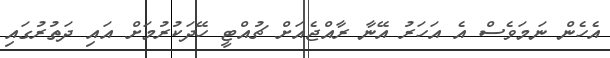
އެހެން ނަމަވެސް އެ އަހަރު އޭނާ ރާއްޖެއަށް ޗުއްޓީ ހޭދަކުރުމަށް އައި ދަތުރުގައި